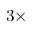
3 \times